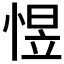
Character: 𱞮